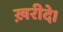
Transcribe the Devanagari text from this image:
ख़रीदे।